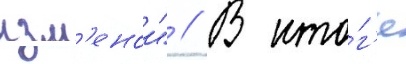
изм'енои" // В ито́г'е